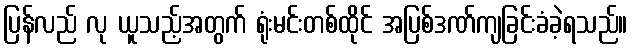
ပြန်လည် လု ယူသည့်အတွက် ရုံးမင်းတစ်ထိုင် အပြစ်ဒဏ်ကျခြင်းခံခဲ့ရသည်။